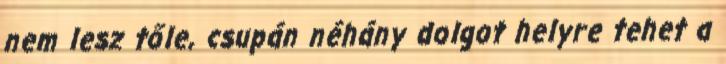
nem lesz tőle, csupán néhány dolgot helyre tehet a